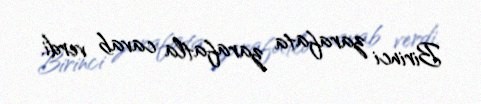
Birinci zarafata zarafatla cavab verdi.